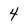
Character: 4